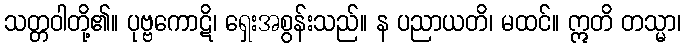
သတ္တဝါတို့၏။ ပုဗ္ဗကောဋိ၊ ရှေးအစွန်းသည်။ န ပညာယတိ၊ မထင်။ ဣတိ တသ္မာ၊